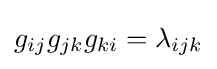
g_{ij}g_{jk}g_{ki}=\lambda _{ijk}